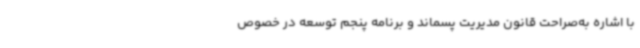
با اشاره به‌صراحت قانون مدیریت پسماند و برنامه پنجم توسعه در خصوص